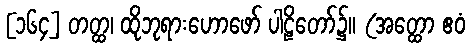
[၁၆၄] တတ္ထ၊ ထိုဘုရားဟောဖော် ပါဠိတော်၌။ (အတ္ထော ဧဝံ